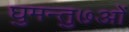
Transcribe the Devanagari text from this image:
घुमन्तु७ओं